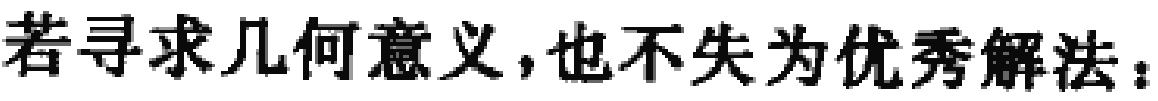
若寻求几何意义，也不失为优秀解法：